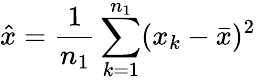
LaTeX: \hat{x}=\frac{1}{n_{1}}\sum_{k=1}^{n_{1}}(x_{k}-\bar{x})^{2}